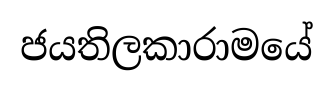
ජයතිලකාරාමයේ